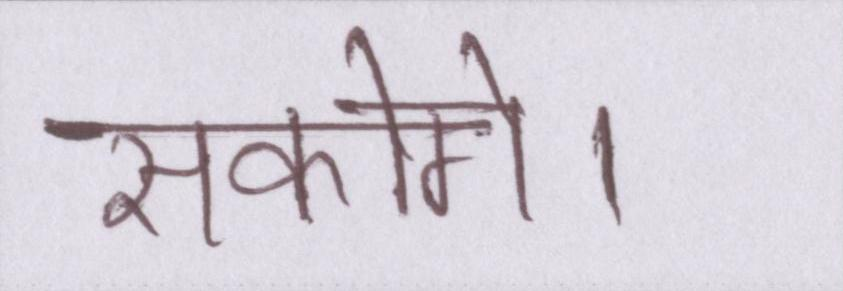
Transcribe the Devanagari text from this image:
सकोगे।